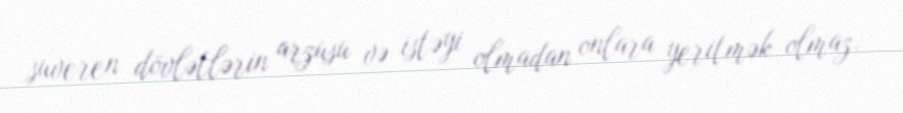
suveren dövlətlərin arzusu və istəyi olmadan onlara yeritmək olmaz.